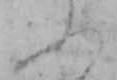
ふ